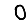
Digit: 0